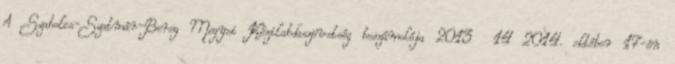
A Szabolcs-Szatmár-Bereg Megyei Kézilabdaszövetség beszámolója 2013 14 2014. október 17-én